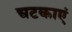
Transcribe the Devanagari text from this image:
चटकाएं